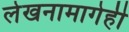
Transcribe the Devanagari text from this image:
लेखनामागेही